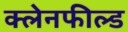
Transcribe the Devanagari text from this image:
क्लेनफील्ड